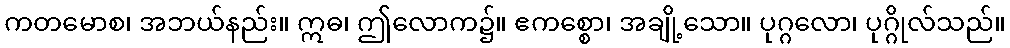
ကတမောစ၊ အဘယ်နည်း။ ဣဓ၊ ဤလောက၌။ ဧကစ္စော၊ အချို့သော။ ပုဂ္ဂလော၊ ပုဂ္ဂိုလ်သည်။